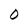
Character: O